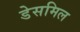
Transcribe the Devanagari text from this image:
डेसमिल